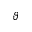
\vartheta